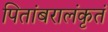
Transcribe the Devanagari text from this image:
पितांबरालंकृतं